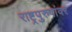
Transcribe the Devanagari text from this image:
राष्ट्रपुरुषांवर